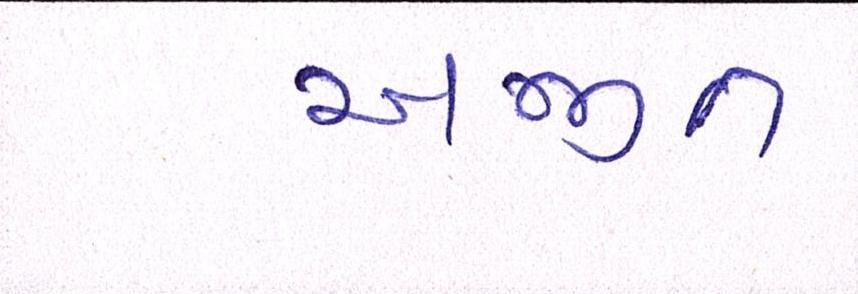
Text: અજીત